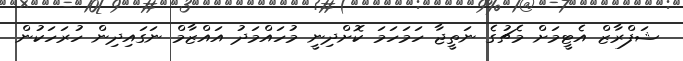
ޝަފްރާޒް އެޓީމަށް މެޗުގެ ނަތީޖާ ހަމަހަމަ ކޮށްދިނީ މުހައްމަދު އައްޒާމް ނަގައިދިން ހުރަހަކުން